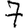
Digit: 7